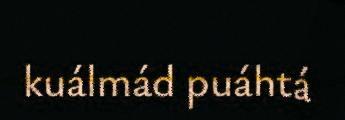
kuálmád puáhtá